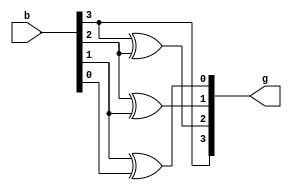
`timescale 1ns / 1ps
//////////////////////////////////////////////////////////////////////////////////
// Company: 
// Engineer: 
// 
// Design Name: 
// Module Name:    Binarytogray 
// Project Name: 
// Target Devices: 
// Tool versions: 
// Description: 
//
// Dependencies: 
//
// Revision: 
// Revision 0.01 - File Created
// Additional Comments: 
//
//////////////////////////////////////////////////////////////////////////////////
module Binarytogray(b,g);
input [3:0]b;
output [3:0]g;
assign g[3]=b[3];
assign g[2]=b[3]^b[2];
assign g[1]=b[2]^b[1];
assign g[0]=b[1]^b[0];
endmodule